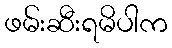
ဖမ်းဆီးရမိပါက